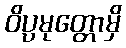
ဝိပ္ပမုတ္တောမှိ